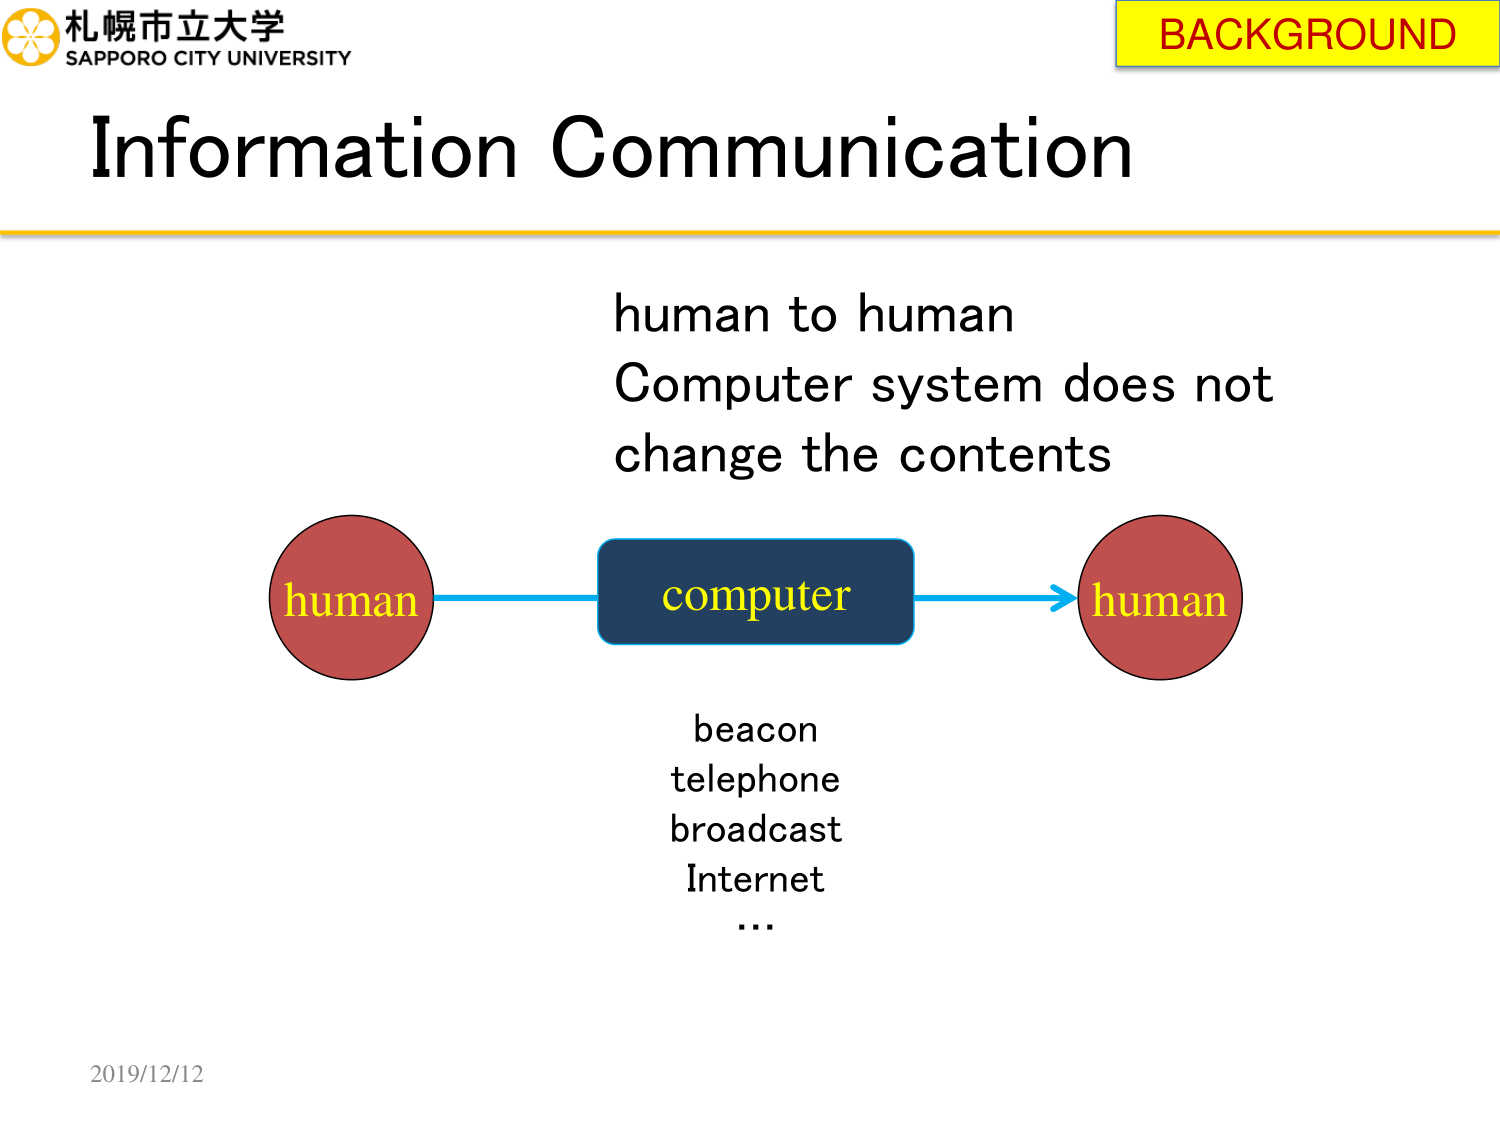
札幌市立大学
SAPPORO CITY UNIVERSITY
Information Communication
BACKGROUND
human to human
Computer system does not
change the contents
human
computer
human
beacon
telephone
broadcast
Internet
...
2019/12/12